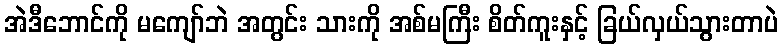
အဲဒီဘောင်ကို မကျော်ဘဲ အတွင်း သားကို အစ်မကြီး စိတ်ကူးနှင့် ခြယ်လှယ်သွားတာပဲ